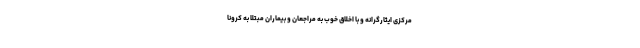
مرکزی ایثارگرانه و با اخلاق خوب به مراجعان و بیماران مبتلا به کرونا